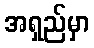
အရှည်မှာ